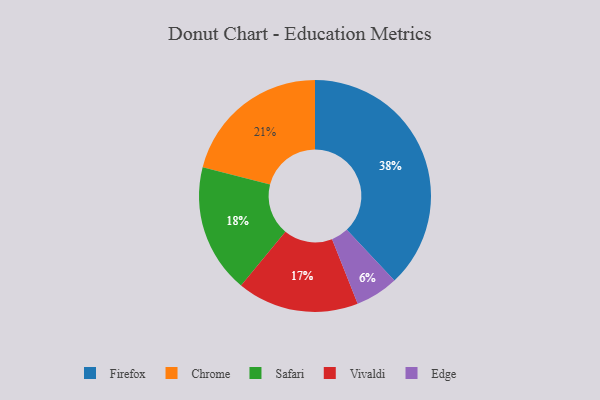
{"axis": {"x": "Category", "y": "Percentage"}, "legend": ["Chrome", "Edge", "Firefox", "Safari", "Vivaldi"], "data": [{"x": "Firefox", "y": 38, "type": "Firefox"}, {"x": "Vivaldi", "y": 17, "type": "Vivaldi"}, {"x": "Safari", "y": 18, "type": "Safari"}, {"x": "Chrome", "y": 21, "type": "Chrome"}, {"x": "Edge", "y": 6, "type": "Edge"}]}